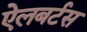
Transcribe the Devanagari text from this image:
ऐलबर्टस